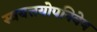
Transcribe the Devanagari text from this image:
स्वयत्तयोपनिवेष